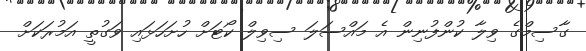
ގާސިމްގެ ވިލާ ކުންފުނިން އެ މައްސަލަ ސިވިލް ކޯޓަށް ހުށަހަޅައި ވަގުތީ އަމުރަކަށް